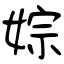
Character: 婃